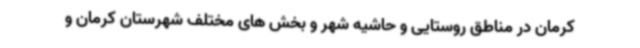
کرمان در مناطق روستایی و حاشیه شهر و بخش های مختلف شهرستان کرمان و